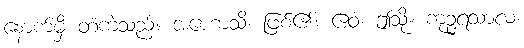
နောက်မှီ တံကဲသည်။ အဟောသိ၊ ဖြစ်၏။ ဧဝံ၊ ဤသို့။ ကုဉ္ဇရသာလံ၊